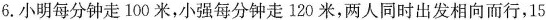
6. 小明每分钟走 100 米，小强每分钟走 120 米，两人同时出发相向而行，15